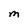
Character: M